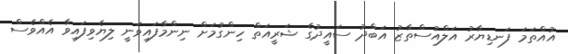
އުއްތަމަ ފަނޑިޔާރު އަލްއުސްތާޒު އަބްދު ސައީދުގެ ޝަރީއަތް ހިންގުމަށް ނިންމާފައިވަނީ ލިޔެވިފައިވާ އެއްވެސް